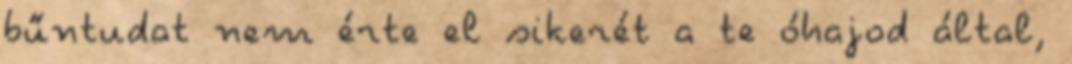
bűntudat nem érte el sikerét a te óhajod által,